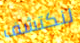
لنكتشف